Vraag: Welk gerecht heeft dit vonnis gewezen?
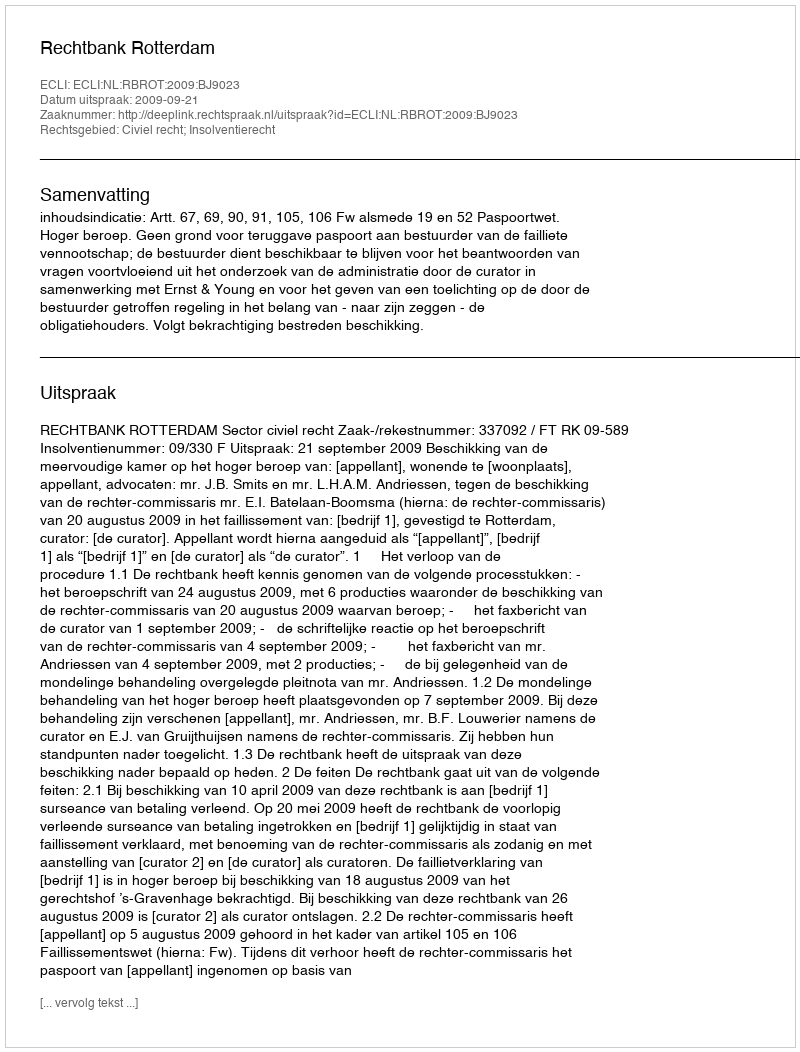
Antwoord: Rechtbank Rotterdam